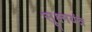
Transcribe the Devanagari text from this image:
सूक्ष्मयंत्र